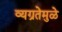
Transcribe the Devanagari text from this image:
व्यग्रतेमुळे